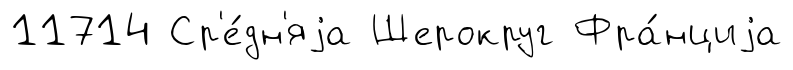
11714 Ср'е́дн'яjа Шерокруг Фра́нциjа